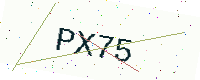
Text: PX75